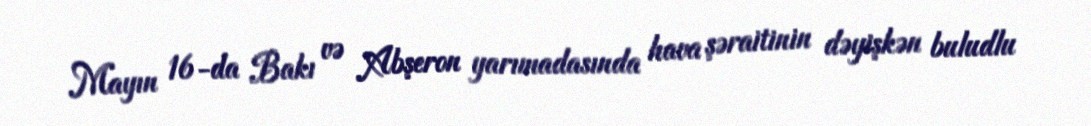
Mayın 16-da Bakı və Abşeron yarımadasında hava şəraitinin dəyişkən buludlu